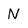
Character: N